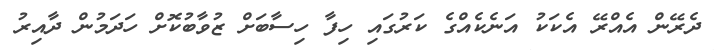
ދެރޭން އެއްރޭ އެކަކު އަނެކެއްގެ ކަރުގައި ހިފާ ހިސާބަށް ޒުވާބުކޮށް ހަދަމުން ދާއިރު